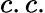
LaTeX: c.c.